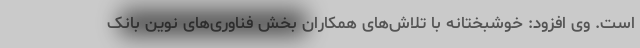
است. وی افزود: خوشبختانه با تلاش‌های همکاران بخش فناوری‌های نوین بانک